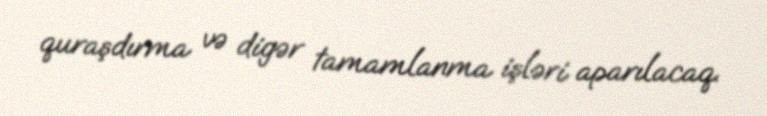
quraşdırma və digər tamamlanma işləri aparılacaq.